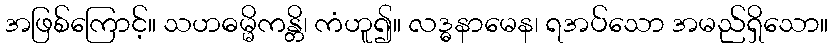
အဖြစ်ကြောင့်။ သဟဓမ္မိကန္တိ၊ ကံဟူ၍။ လဒ္ဓနာမေန၊ ရအပ်သော အမည်ရှိသော။